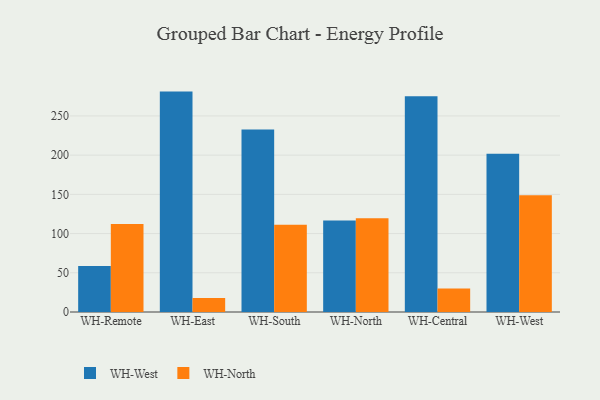
{"axis": {"x": "Warehouse", "y": "Latency (ms)"}, "legend": ["WH-North", "WH-West"], "data": [{"x": "WH-Remote", "y": 58.6, "type": "WH-West"}, {"x": "WH-Remote", "y": 112.1, "type": "WH-North"}, {"x": "WH-East", "y": 281.0, "type": "WH-West"}, {"x": "WH-East", "y": 17.7, "type": "WH-North"}, {"x": "WH-South", "y": 232.7, "type": "WH-West"}, {"x": "WH-South", "y": 111.1, "type": "WH-North"}, {"x": "WH-North", "y": 116.6, "type": "WH-West"}, {"x": "WH-North", "y": 119.4, "type": "WH-North"}, {"x": "WH-Central", "y": 275.1, "type": "WH-West"}, {"x": "WH-Central", "y": 29.9, "type": "WH-North"}, {"x": "WH-West", "y": 201.8, "type": "WH-West"}, {"x": "WH-West", "y": 148.9, "type": "WH-North"}]}